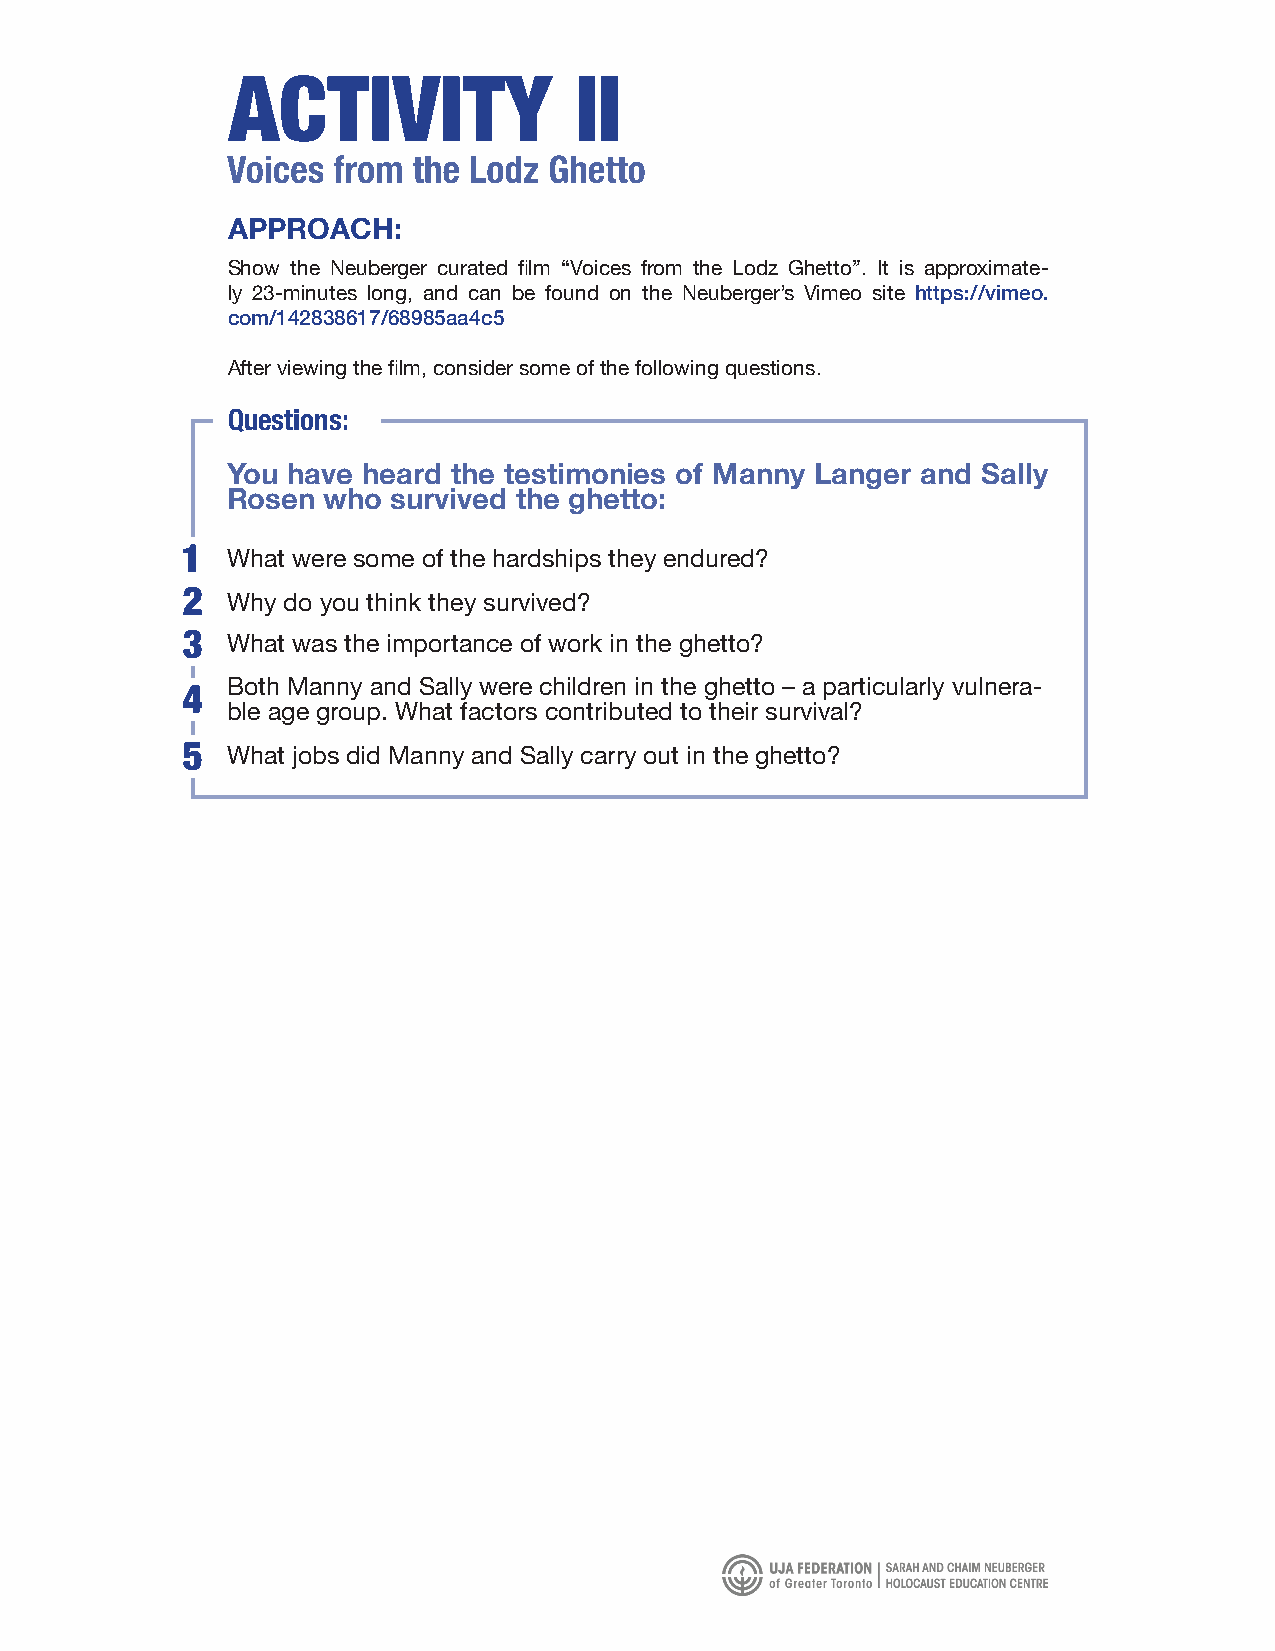
APPROACH:
 Show the Neuberger curated film “Voices from the Lodz Ghetto”. It is approximate-
 ly 23-minutes long, and can be found on the Neuberger’s Vimeo site https://vimeo.
 com/142838617/68985aa4c5
 After viewing the film, consider some of the following questions.
 Questions:
 You have heard the testimonies of Manny Langer and Sally
 Rosen who  survived the ghetto:
 What were some of the hardships they endured?
 Why do you think they survived?
 What was the importance of work in the ghetto?
 Both Manny and Sally were children in the ghetto – a particularly vulnera-
 ble age group. What factors contributed to their survival?
 What jobs did Manny and Sally carry out in the ghetto?